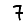
Digit: 7